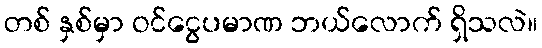
တစ် နှစ်မှာ ဝင်ငွေပမာဏ ဘယ်လောက် ရှိသလဲ။